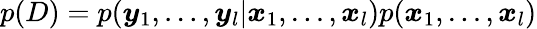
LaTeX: p(D)=p(\boldsymbol{y}_{1},...,\boldsymbol{y}_{l}|\boldsymbol{x}_{1},...,\boldsymbol{x}_{l})p(\boldsymbol{x}_{1},...,\boldsymbol{x}_{l})